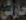
حارثي